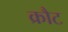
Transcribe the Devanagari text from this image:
क्रौट